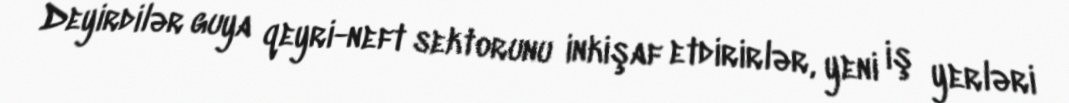
Deyirdilər guya qeyri-neft sektorunu inkişaf etdirirlər, yeni iş yerləri